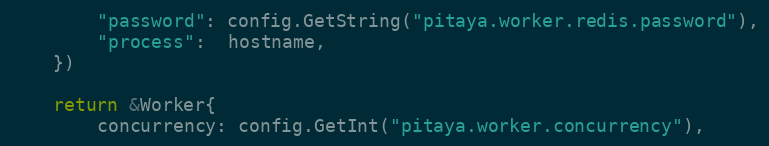
Language: Go
		"password": config.GetString("pitaya.worker.redis.password"),
		"process":  hostname,
	})

	return &Worker{
		concurrency: config.GetInt("pitaya.worker.concurrency"),